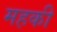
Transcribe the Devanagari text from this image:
महकी